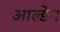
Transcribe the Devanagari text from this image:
आल्डेन